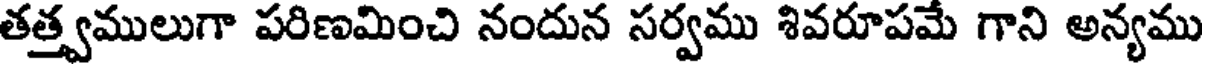
తత్త్వములుగా పరిణమించి నందున సర్వము శివరూపమే గాని అన్యము